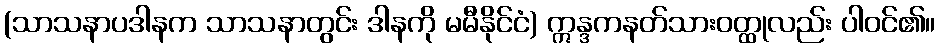
(သာသနာပဒါနက သာသနာတွင်း ဒါနကို မမီနိုင်ငံ) ဣန္ဒကနတ်သားဝတ္ထုလည်း ပါဝင်၏။